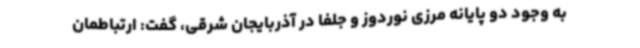
به وجود دو پایانه مرزی نوردوز و جلفا در آذربایجان شرقی، گفت: ارتباطمان